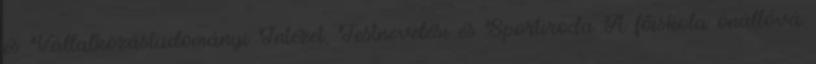
és Vállalkozástudományi Intézet, Testnevelési és Sportiroda A fõiskola önállóvá